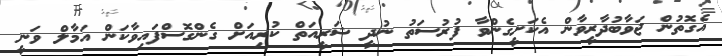
އެގޮތުން ޖަވާބުދާރީވާން އެކަށީގެންވާ ފުރުސަތު ނުދީ ޝަރީއަތް ކުރިއަށް ގެންގޮސްފައިވާކަން އަމާލް ވަނީ